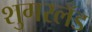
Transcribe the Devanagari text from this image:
शुगरलँड